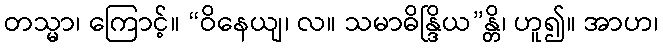
တသ္မာ၊ ကြောင့်။ “ဝိနေယျ၊ လ။ သမာဓိန္ဒြိယ”န္တိ၊ ဟူ၍။ အာဟ၊